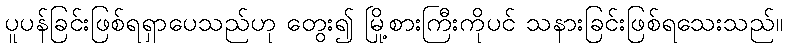
ပူပန်ခြင်းဖြစ်ရရှာပေသည်ဟု တွေး၍ မြို့စားကြီးကိုပင် သနားခြင်းဖြစ်ရသေးသည်။